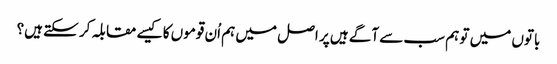
باتوں میں تو ہم سب سے آگے ہیں پر اصل میں ہم اُن قوموں کا کیسے مقابلہ کر سکتے ہیں؟